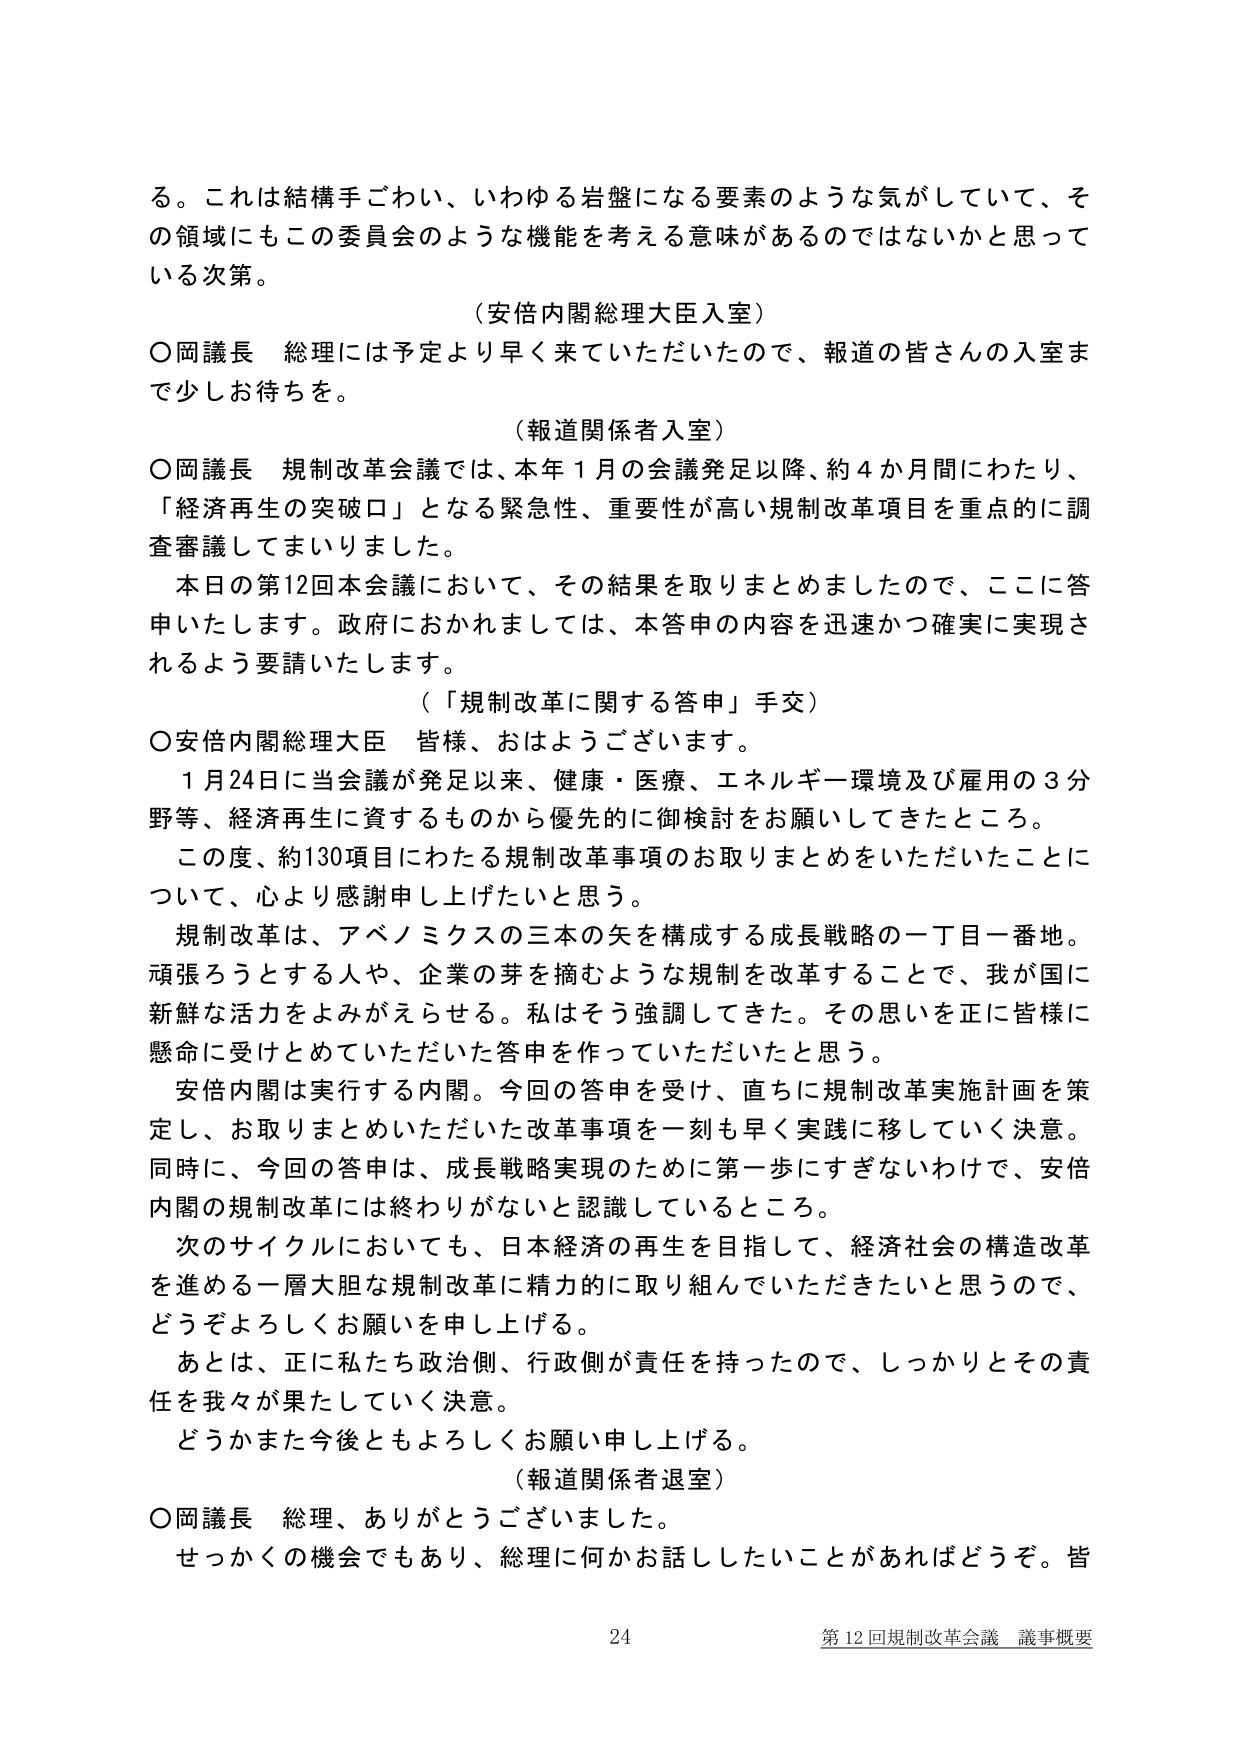
る。これは結構手ごわい、いわゆる岩盤になる要素のような気がしていて、その領域にもこの委員会のような機能を考える意味があるのではないかと思っている次第。

（安倍内閣総理大臣入室）

○岡議長　総理には予定より早く来ていただいたので、報道の皆さんの入室まで少しお待ちを。

（報道関係者入室）

○岡議長　規制改革会議では、本年１月の会議発足以降、約４か月間にわたり、「経済再生の突破口」となる緊急性、重要性が高い規制改革項目を重点的に調査審議してまいりました。

　本日の第12回本会議において、その結果を取りまとめましたので、ここに答申いたします。政府におかれましては、本答申の内容を迅速かつ確実に実現されるよう要請いたします。

（「規制改革に関する答申」手交）

○安倍内閣総理大臣　皆様、おはようございます。

　１月24日に当会議が発足以来、健康・医療、エネルギー環境及び雇用の３分野等、経済再生に資するものから優先的に御検討をお願いしてきたところ。

　この度、約130項目にわたる規制改革事項のお取りまとめをいただいたことについて、心より感謝申し上げたいと思う。

　規制改革は、アベノミクスの三本の矢を構成する成長戦略の一丁目一番地。頑張ろうとする人や、企業の芽を摘むような規制を改革することで、我が国に新鮮な活力をよみがえらせる。私はそう強調してきた。その思いを正に皆様に懸命に受けとめていただいた答申を作っていただいたと思う。

　安倍内閣は実行する内閣。今回の答申を受け、直ちに規制改革実施計画を策定し、お取りまとめいただいた改革事項を一刻も早く実践に移していく決意。同時に、今回の答申は、成長戦略実現のために第一歩にすぎないわけで、安倍内閣の規制改革には終わりがないと認識しているところ。

　次のサイクルにおいても、日本経済の再生を目指して、経済社会の構造改革を進める一層大胆な規制改革に精力的に取り組んでいただきたいと思うので、どうぞよろしくお願いを申し上げる。

　あとは、正に私たち政治側、行政側が責任を持ったので、しっかりとその責任を我々が果たしていく決意。

　どうかまた今後ともよろしくお願い申し上げる。

（報道関係者退室）

○岡議長　総理、ありがとうございました。

　せっかくの機会でもあり、総理に何かお話したいことがあればどうぞ。皆

24　第12回規制改革会議　議事概要